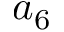
a _ { 6 }